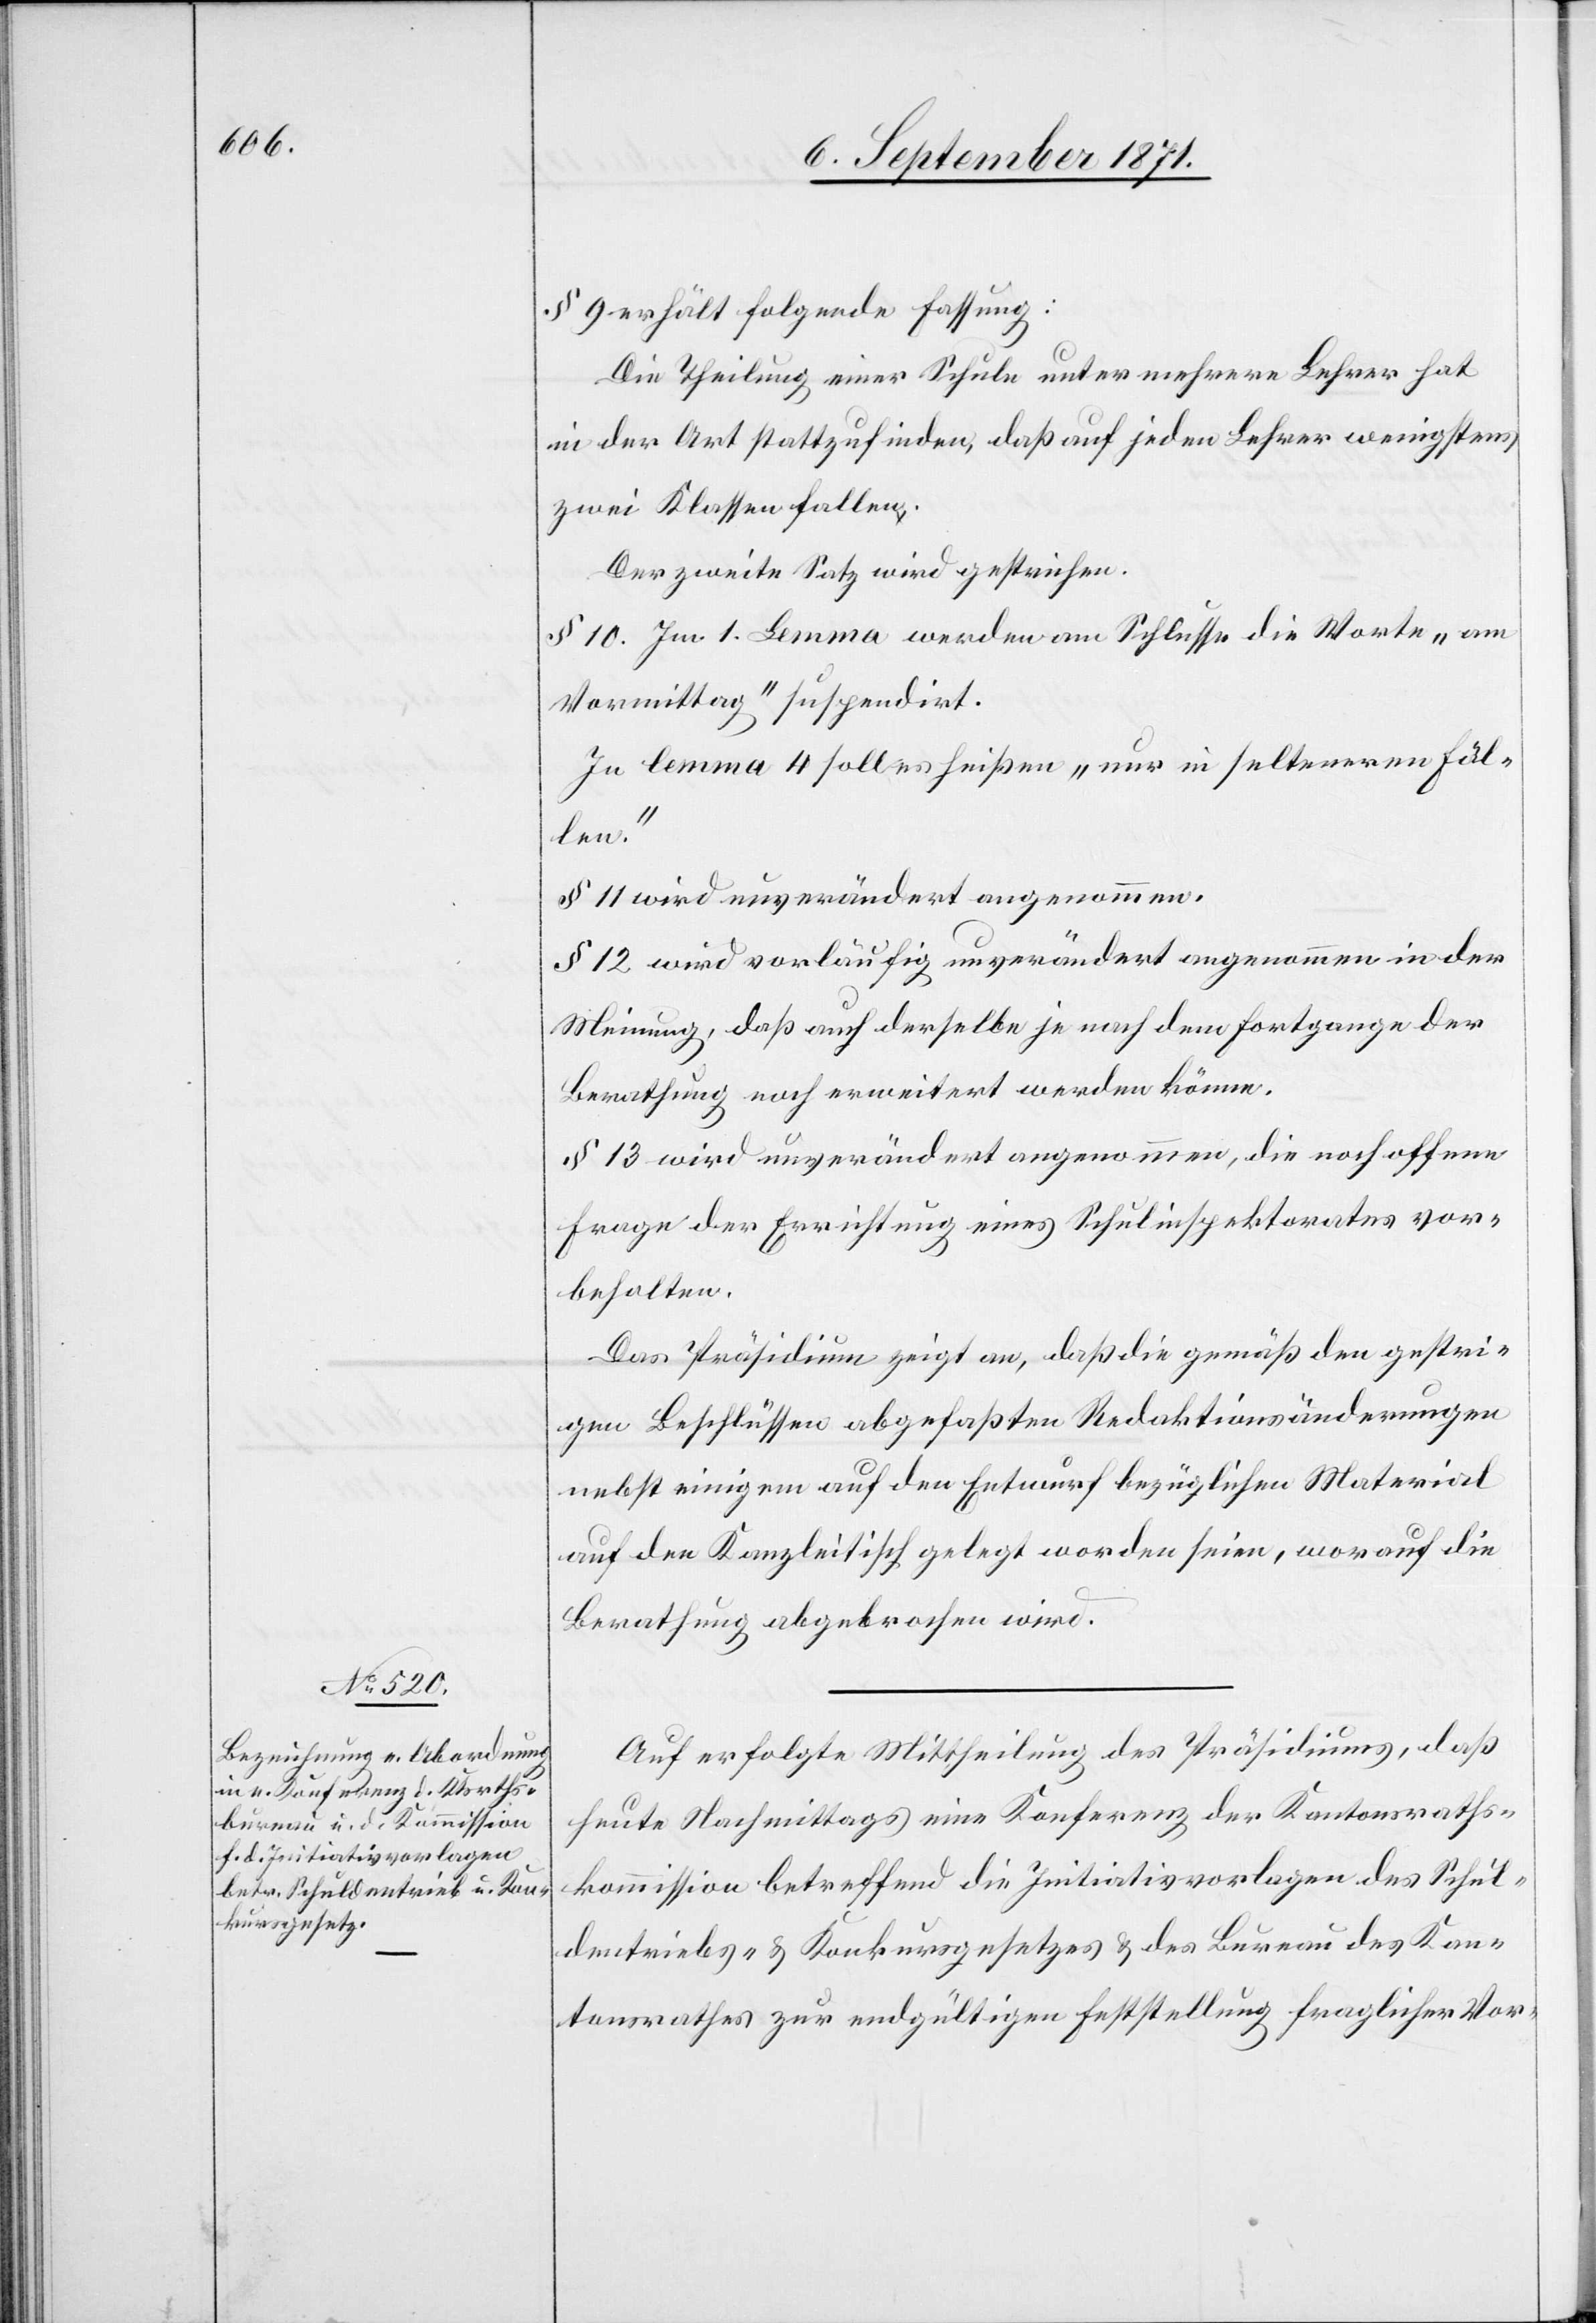
§ 9 erhält folgende Fassung:
Die Theilung einer Schule unter mehreren Lehrern hat
in der Art stattzufinden, daß auf jeden Lehrer wenigstens
zwei Klassen fallen.
Der zweite Satz wird gestrichen.
§ 10. Im 1. Lemma werden am Schlusse die Worte „am
Vormittag“ suspendirt.
In Lemma 4 soll es heißen „nur in selteneren Fäl¬
len.“
§ 11 wird unverändert angenommen.
§ 12 wird vorläufig unverändert angenommen in der
Meinung, daß auch derselbe je nach dem Fortgange der
Berathung noch erweitert werden könne.
§ 13 wird unverändert angenommen, die noch offene
Frage der Errichtung eines Schulinspektorates vor¬
behalten.
Das Präsidium zeigt an, daß die gemäß den gestri¬
gen Beschlüssen abgefassten Redaktionsänderungen
nebst einigem auf den Entwurf bezüglichen Material
auf den Kanzleitisch gelegt worden seien, worauf die
Berathung abgebrochen wird.
Auf erfolgte Mittheilung des Präsidiums, daß
heute Nachmittags eine Konferenz der Kantonsraths¬
kommission betreffend die Initiativvorlagen des Schul¬
dentriebs- & Konkursgesetzes & des Bureau des Kan¬
tonsrathes zur endgültigen Feststellung fraglicher Vor-